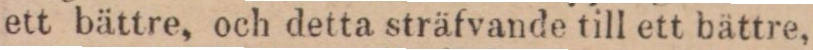
ett bättre, och detta sträfvande till ett bättre,